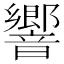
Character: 響